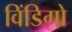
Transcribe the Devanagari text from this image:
विंडिगो